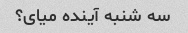
سه شنبه آینده میای؟